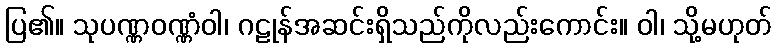
ပြ၏။ သုပဏ္ဏဝဏ္ဏံဝါ၊ ဂဠုန်အဆင်းရှိသည်ကိုလည်းကောင်း။ ဝါ၊ သို့မဟုတ်